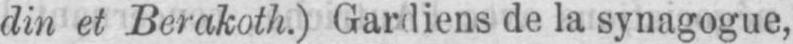
de la synagogue,